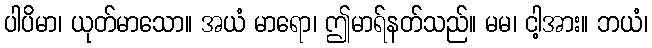
ပါပိမာ၊ ယုတ်မာသော။ အယံ မာရော၊ ဤမာရ်နတ်သည်။ မမ၊ ငါ့အား။ ဘယံ၊